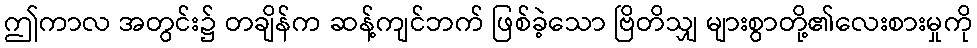
ဤကာလ အတွင်း၌ တချိန်က ဆန့်ကျင်ဘက် ဖြစ်ခဲ့သော ဗြိတိသျှ များစွာတို့၏လေးစားမှုကို